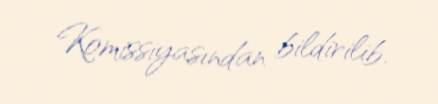
Komissiyasından bildirilib.